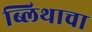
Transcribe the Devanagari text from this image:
ब्लिथाचा